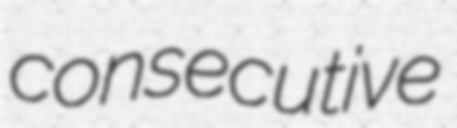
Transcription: consecutive